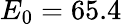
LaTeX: E_{0}=65.4